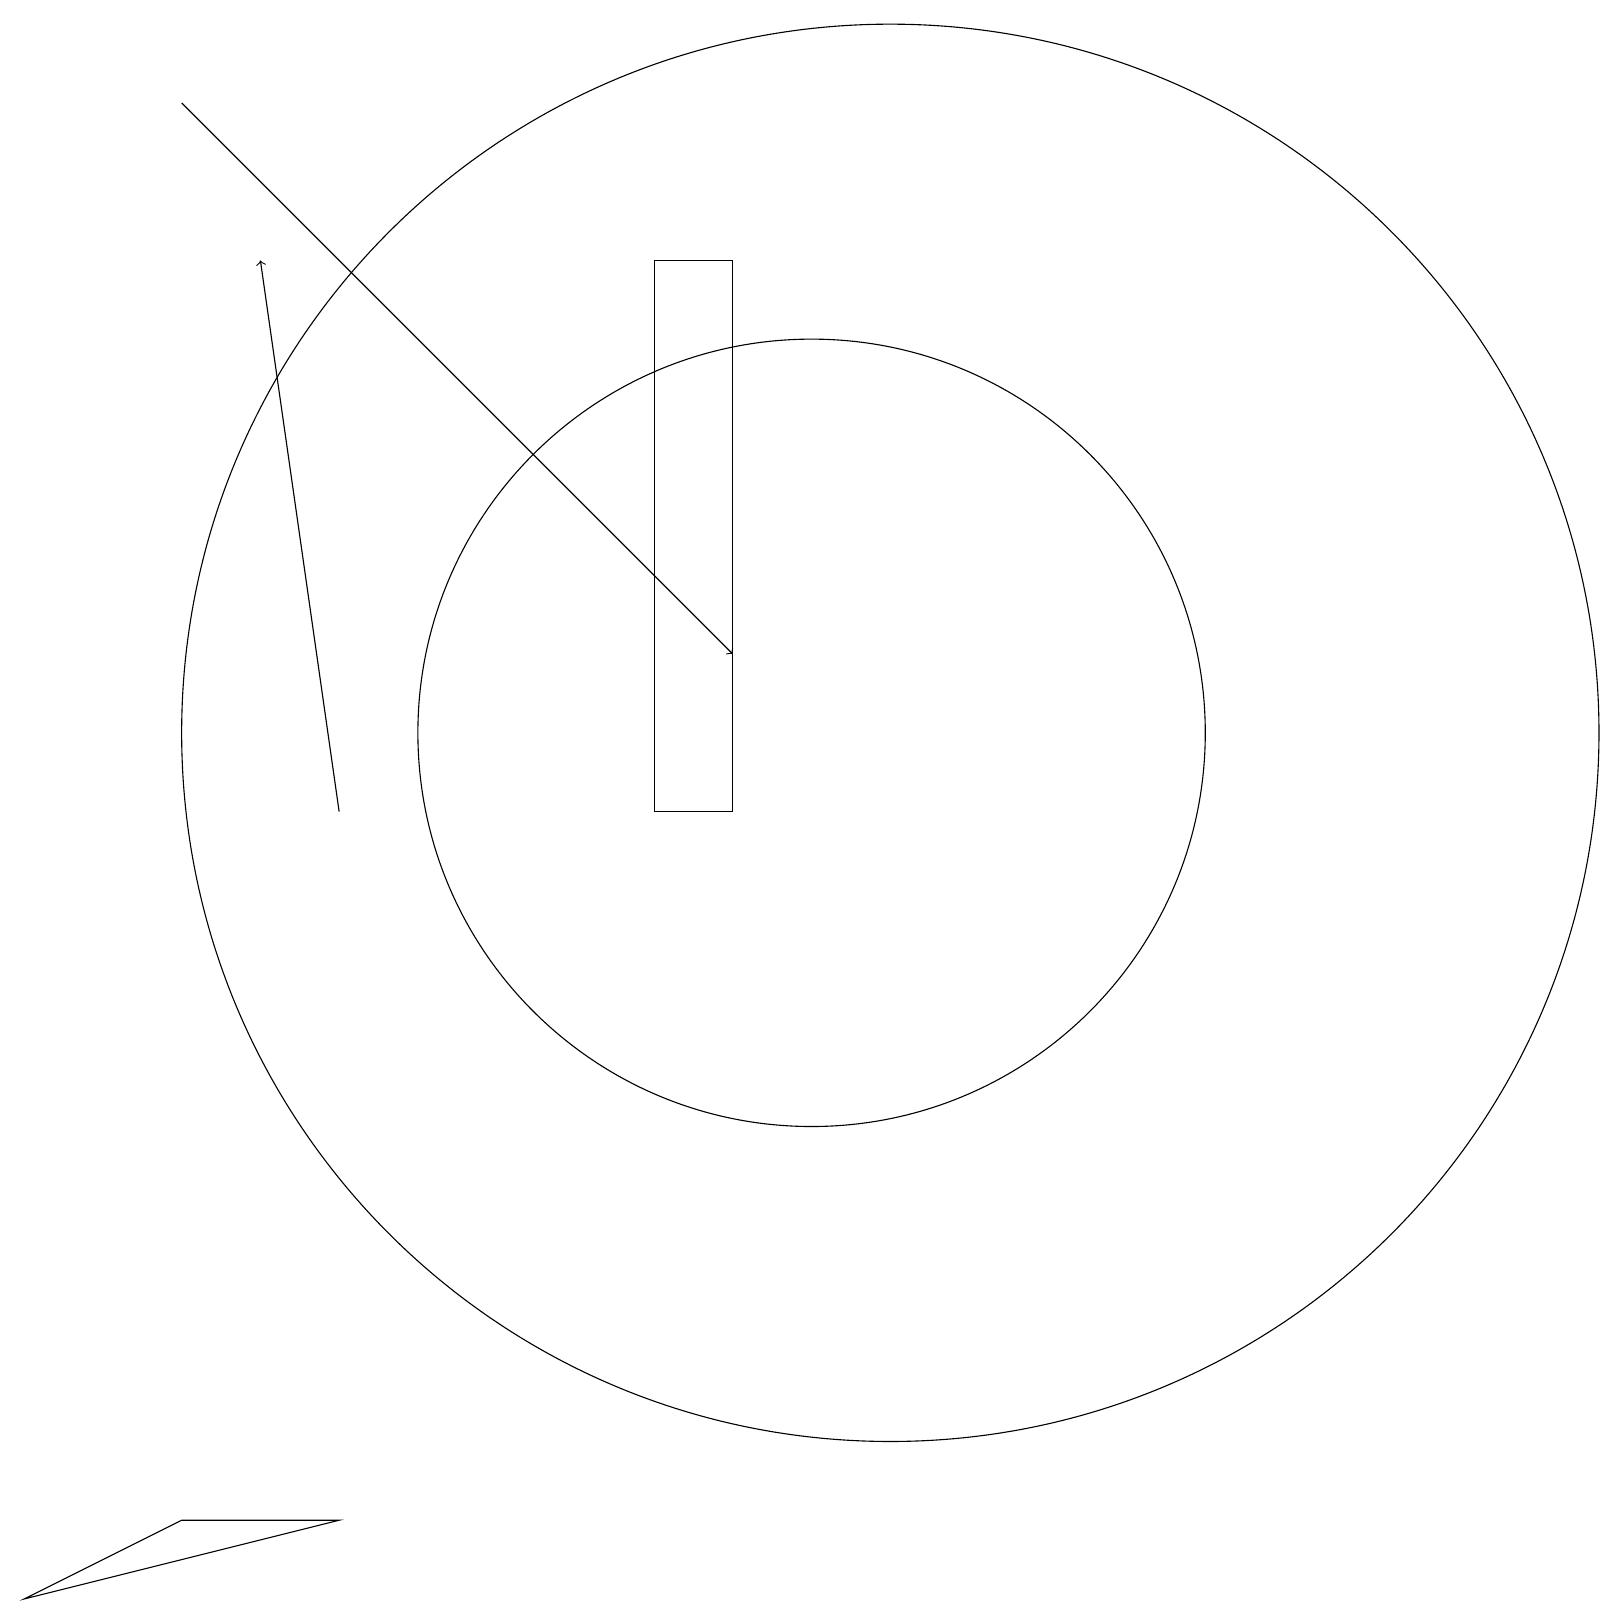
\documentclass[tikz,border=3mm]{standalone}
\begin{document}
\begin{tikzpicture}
\draw[->] (4,10) -- (3,17);
\draw (11,10) circle (0);
\draw (10,11) circle (5);
\draw (8,10) rectangle (9,17);
\draw[->] (2,19) -- (9,12);
\draw (0,0) -- (2,1) -- (4,1) -- cycle;
\draw (11,11) circle (9);
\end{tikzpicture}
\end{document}